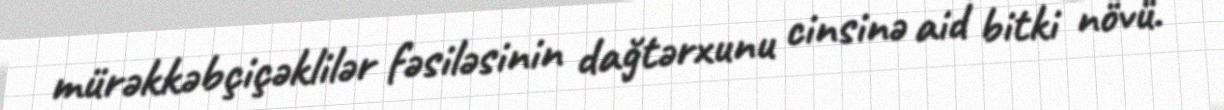
mürəkkəbçiçəklilər fəsiləsinin dağtərxunu cinsinə aid bitki növü.